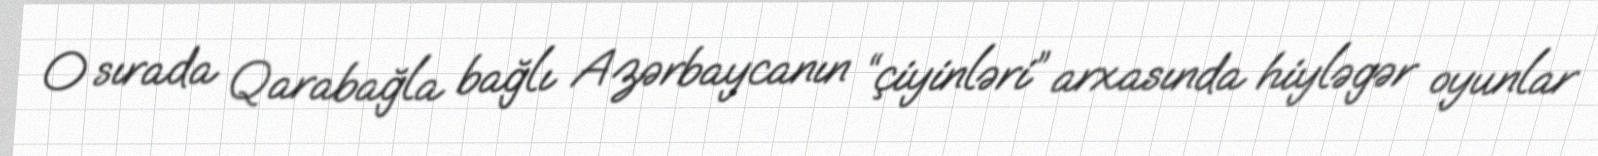
O sırada Qarabağla bağlı Azərbaycanın “çiyinləri” arxasında hiyləgər oyunlar